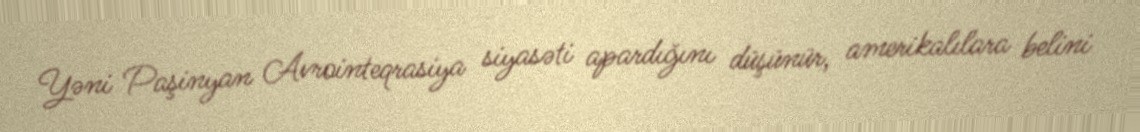
Yəni Paşinyan Avrointeqrasiya siyasəti apardığını düşünür, amerikalılara belini